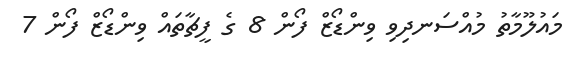
މައުލޫމާތު މުއްސަނދިވި ވިންޑޯޒް ފޯން 8 ގެ ފީޗާތައް ވިންޑޯޒް ފޯން 7